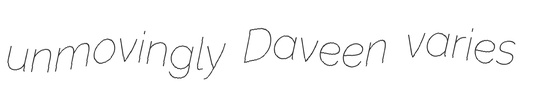
unmovingly Daveen varies